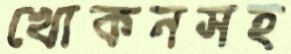
খোকনসহ